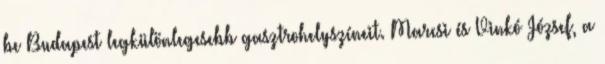
be Budapest legkülönlegesebb gasztrohelyszíneit. Marcsi és Vinkó József, a